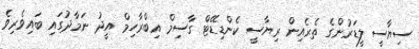
ސިޔާސީ ލީޑަރުންގެ ތެރެއިން ރިޔާސީ ކެންޑިޑޭޓް ގާސިމް އިބްރާހިމް އީދު ނަމާދުގައި ބައިވެރިވެ